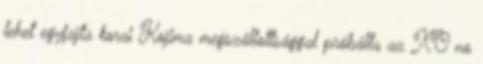
lehet egyfajta korai Kojima megszállottsággal próbálta az XO no